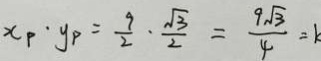
x _ { p } \cdot y _ { P } = \frac { 9 } { 2 } \cdot \frac { \sqrt { 3 } } { 2 } = \frac { 9 \sqrt { 3 } } { 4 } = k